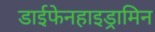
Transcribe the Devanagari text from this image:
डाईफेनहाइड्रामिन